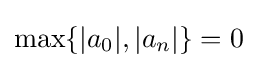
\max\{|a_{0}|,|a_{n}|\}=0